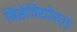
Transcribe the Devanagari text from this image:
बिहेवियोरल